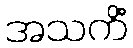
အသကိံ